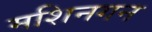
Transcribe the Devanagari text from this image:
मशिनगन